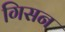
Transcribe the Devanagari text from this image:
गिसन